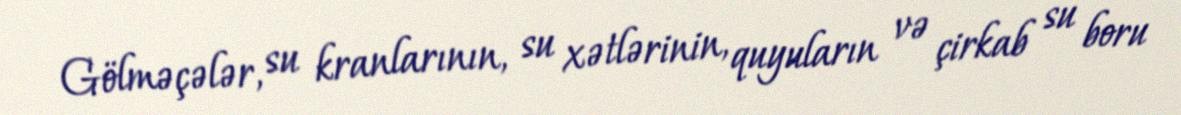
Gölməçələr, su kranlarının, su xətlərinin, quyuların və çirkab su boru